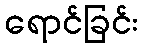
ရောင်ခြင်း